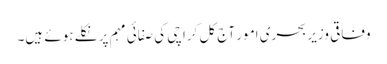
وفاقی وزیر بحری امور آج کل کراچی کی صفائی مہم پر نکلے ہوئے ہیں۔